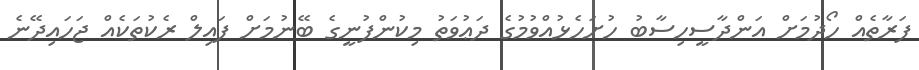
ފަރާތެއް ހޯދުމަށް އަންދާސީހިސާބު ހުށަހެޅުއްވުމުގެ ދަޢުވަތު މިކުންފުނީގެ ބޭނުމަށް ފައިލް ރެކުތަކެއް ޖަހައިދޭނެ